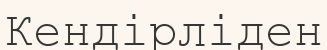
Кендірліден